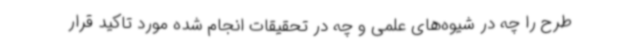
طرح را چه در شیوه‌های علمی و چه در تحقیقات انجام شده مورد تاکید قرار